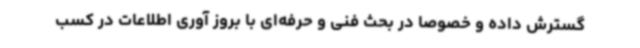
گسترش داده و خصوصاً در بحث فنی و حرفه‌ای با بروز آوری اطلاعات در کسب